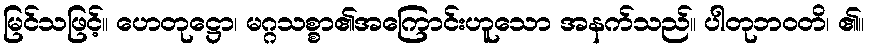
မြင်သဖြင့်။ ဟေတုဋ္ဌော၊ မဂ္ဂသစ္စာ၏အကြောင်းဟူသော အနက်သည်။ ပါတုဘဝတိ၊ ၏။